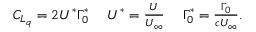
\begin{array} { r } { C _ { L _ { q } } = 2 U ^ { * } \Gamma _ { 0 } ^ { * } \quad \; U ^ { * } = \frac { U } { U _ { \infty } } \quad \; \Gamma _ { 0 } ^ { * } = \frac { \Gamma _ { 0 } } { c U _ { \infty } } . } \end{array}